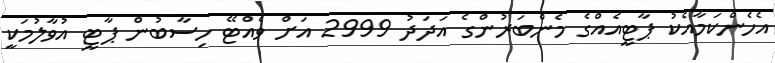
އެހެންކަމާއެކު ޕާޓީއެއްގެ މެންބަރުންގެ އަދަދު 2999 އަށް ވެއްޓޭ ހިސާބުން ޕާޓީ އުވާލުމަކީ